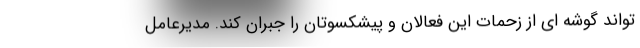
تواند گوشه ای از زحمات این فعالان و پیشکسوتان را جبران کند. مدیرعامل